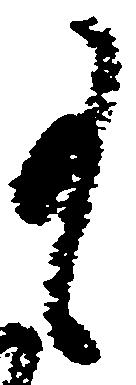
事